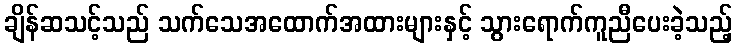
ချိန်ဆသင့်သည် သက်သေအထောက်အထားများနှင့် သွားရောက်ကူညီပေးခဲ့သည့်